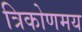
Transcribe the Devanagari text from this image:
त्रिकोणमय